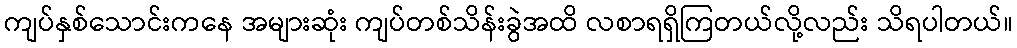
ကျပ်နှစ်သောင်းကနေ အများဆုံး ကျပ်တစ်သိန်းခွဲအထိ လစာရရှိကြတယ်လို့လည်း သိရပါတယ်။